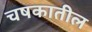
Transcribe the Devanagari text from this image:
चषकातील